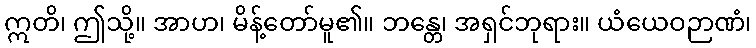
ဣတိ၊ ဤသို့။ အာဟ၊ မိန့်တော်မူ၏။ ဘန္တေ၊ အရှင်ဘုရား။ ယံယေဝဉာဏံ၊